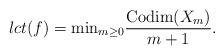
LaTeX: \begin{align*}lct(f)=\mbox{min}_{m\geq 0}\frac{\mbox{Codim}(X_m)}{m+1}.\end{align*}